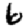
Digit: 6